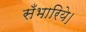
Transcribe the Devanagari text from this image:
सँभारिये।